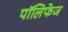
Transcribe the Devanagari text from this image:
पॉलिफेज